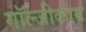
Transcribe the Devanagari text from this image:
गॉल्जीकाय